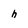
Character: h